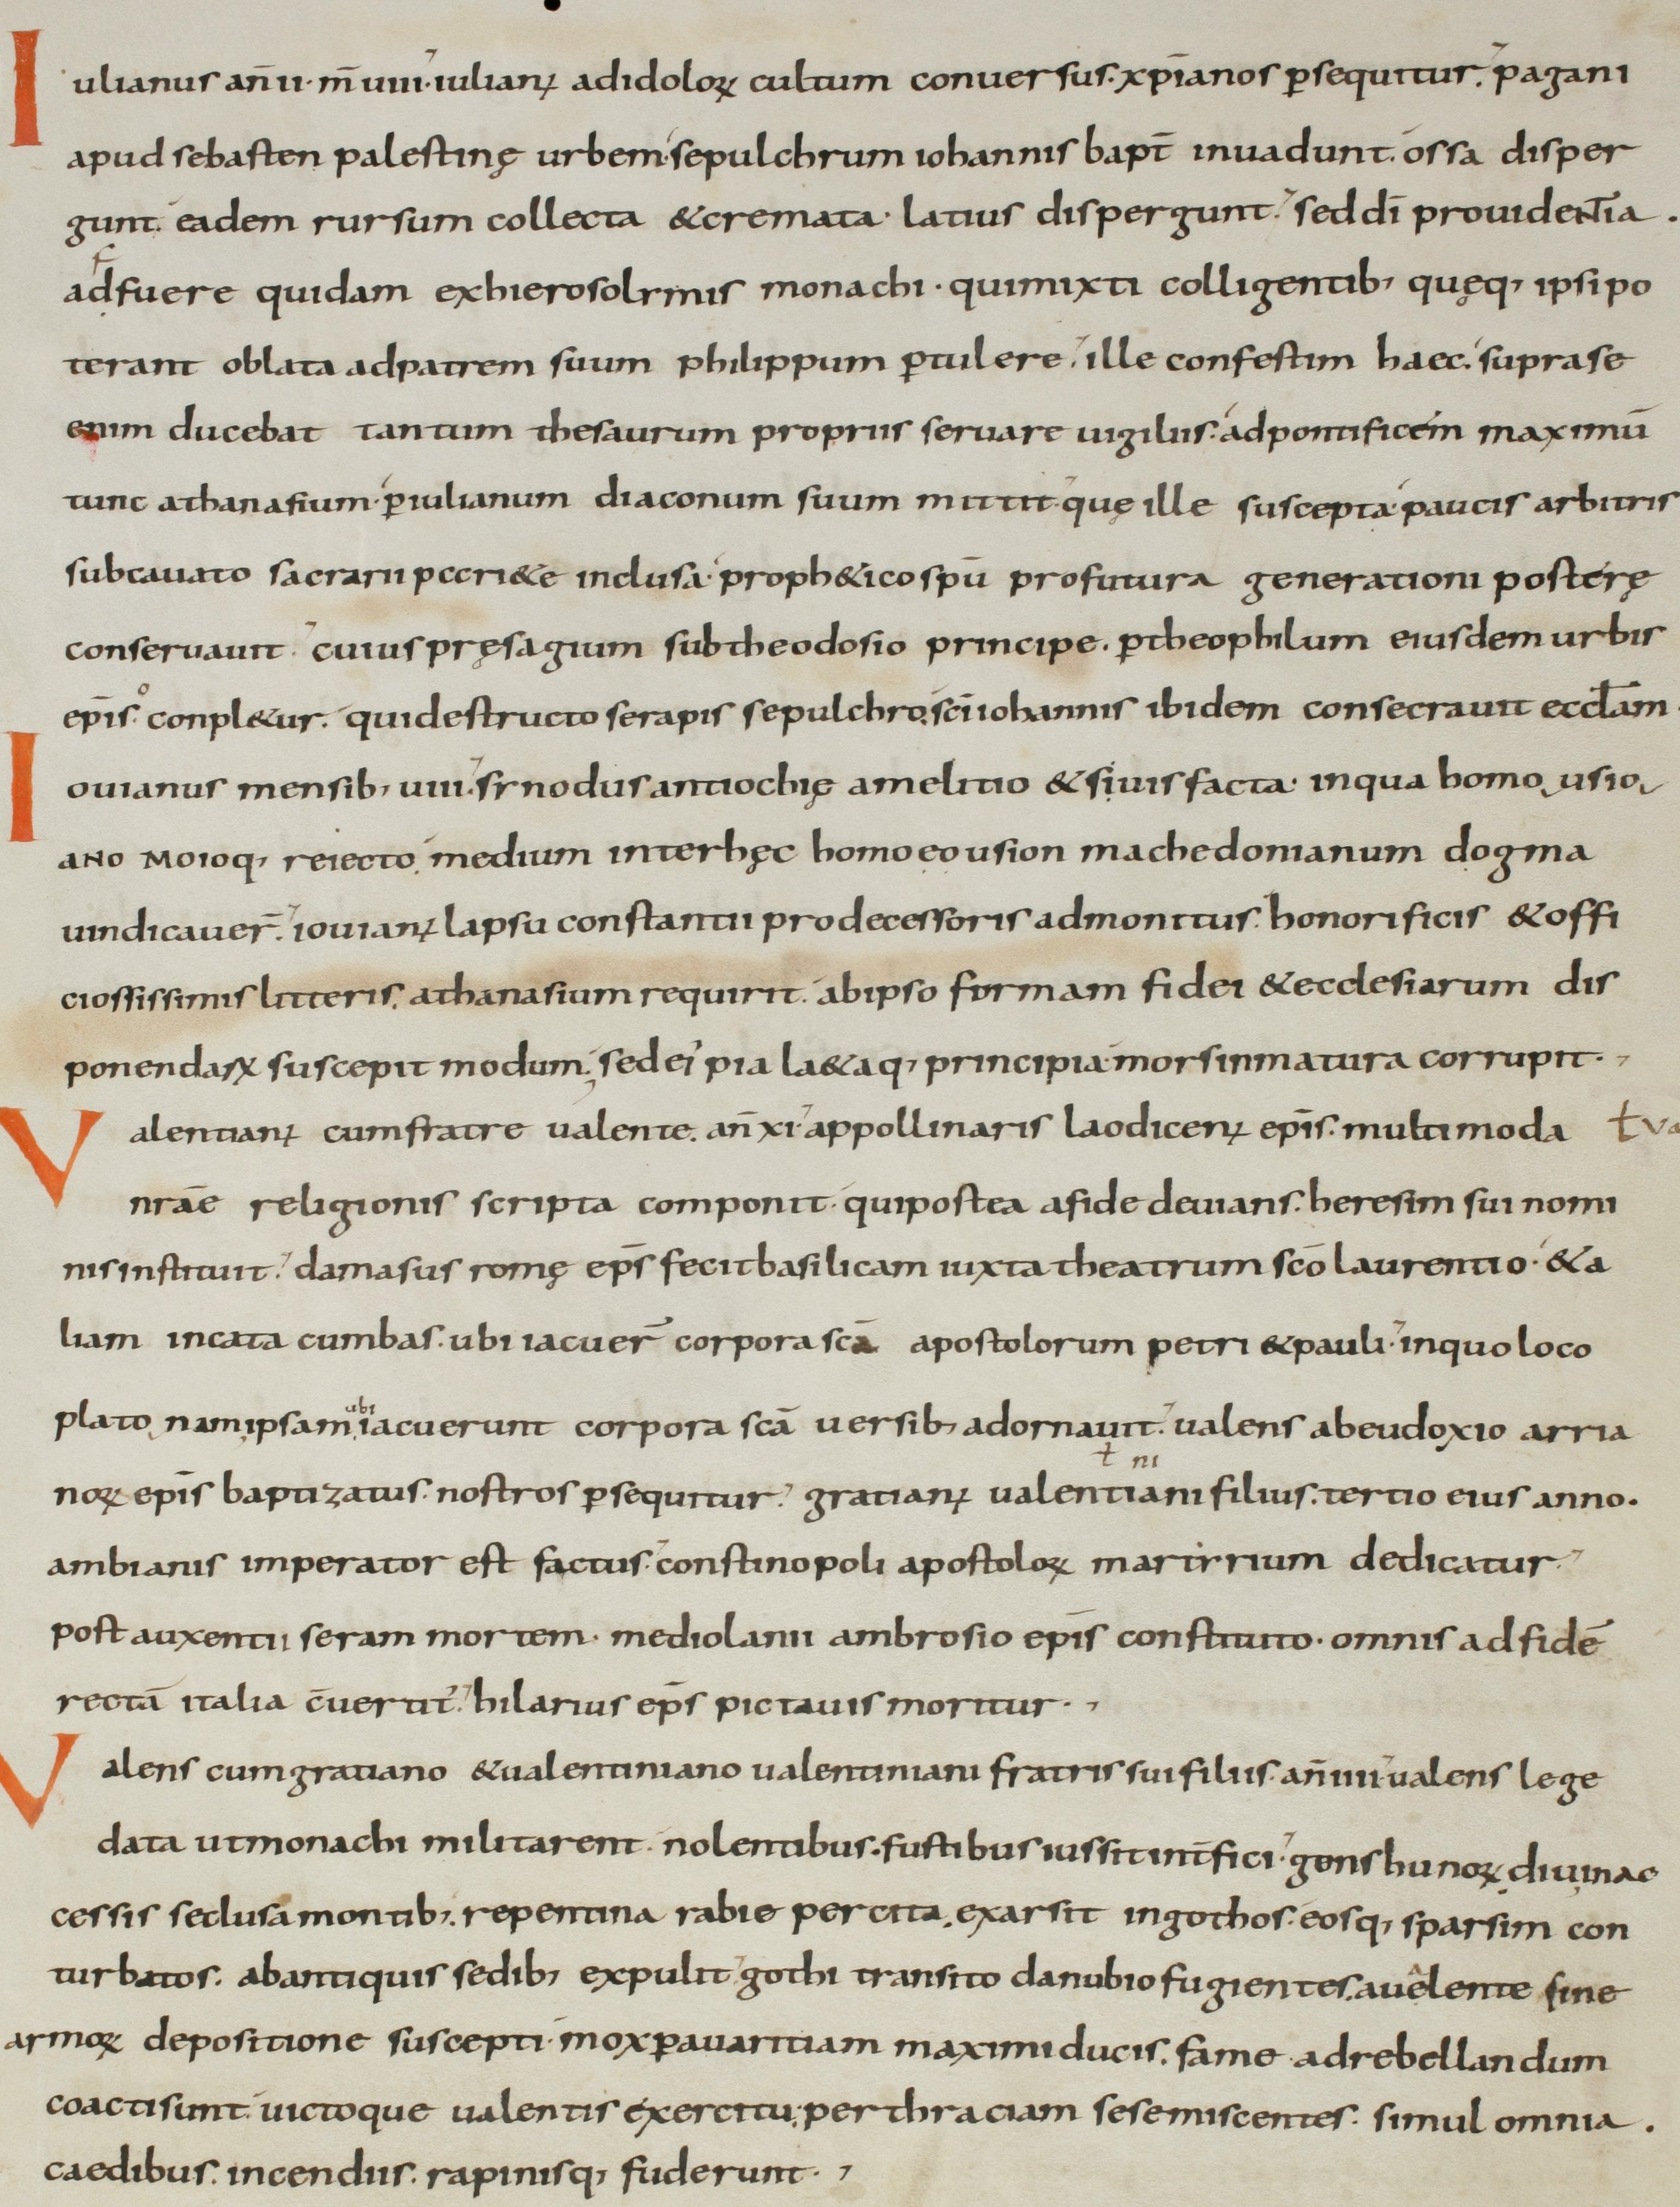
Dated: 800–899